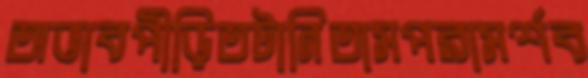
অভাবপীড়িতটানিতামপরামর্শব